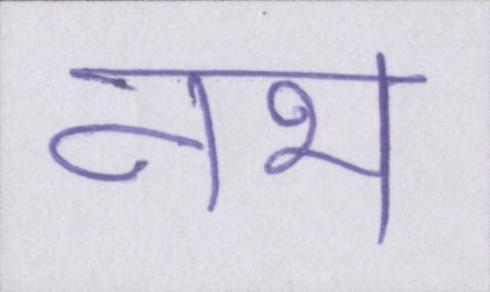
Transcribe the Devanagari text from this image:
नभ